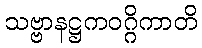
သဗ္ဗာနဋ္ဌကဝဂ္ဂိကာတိ